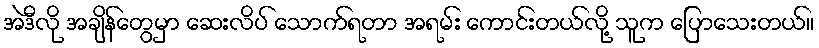
အဲဒီလို အချိန်တွေမှာ ဆေးလိပ် သောက်ရတာ အရမ်း ကောင်းတယ်လို့ သူက ပြောသေးတယ်။